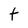
Character: t